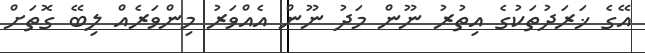
އޭގެ ޚަރަދުތަކުގެ އިތުރު ނޫން މަދު ނޫން އެއްވަރު މިންވަރެއް ލިބޭ ގޮތަށް